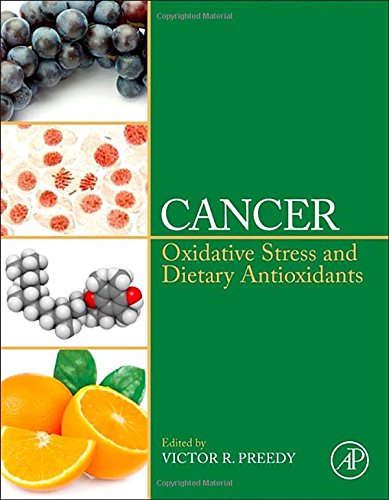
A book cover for Cancer: Oxidative Stress and Dietary Antioxidants; Medical Books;